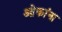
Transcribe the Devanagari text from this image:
ओकांना